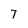
Character: T